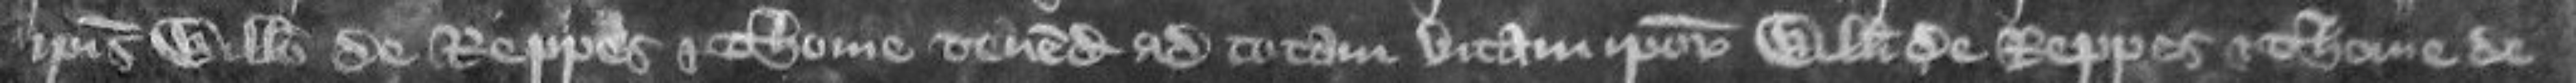
ipsis Willelmo de Reppes et Thome tenendum ad totam vitam ipsorum Willelmi de Reppes et Thome de